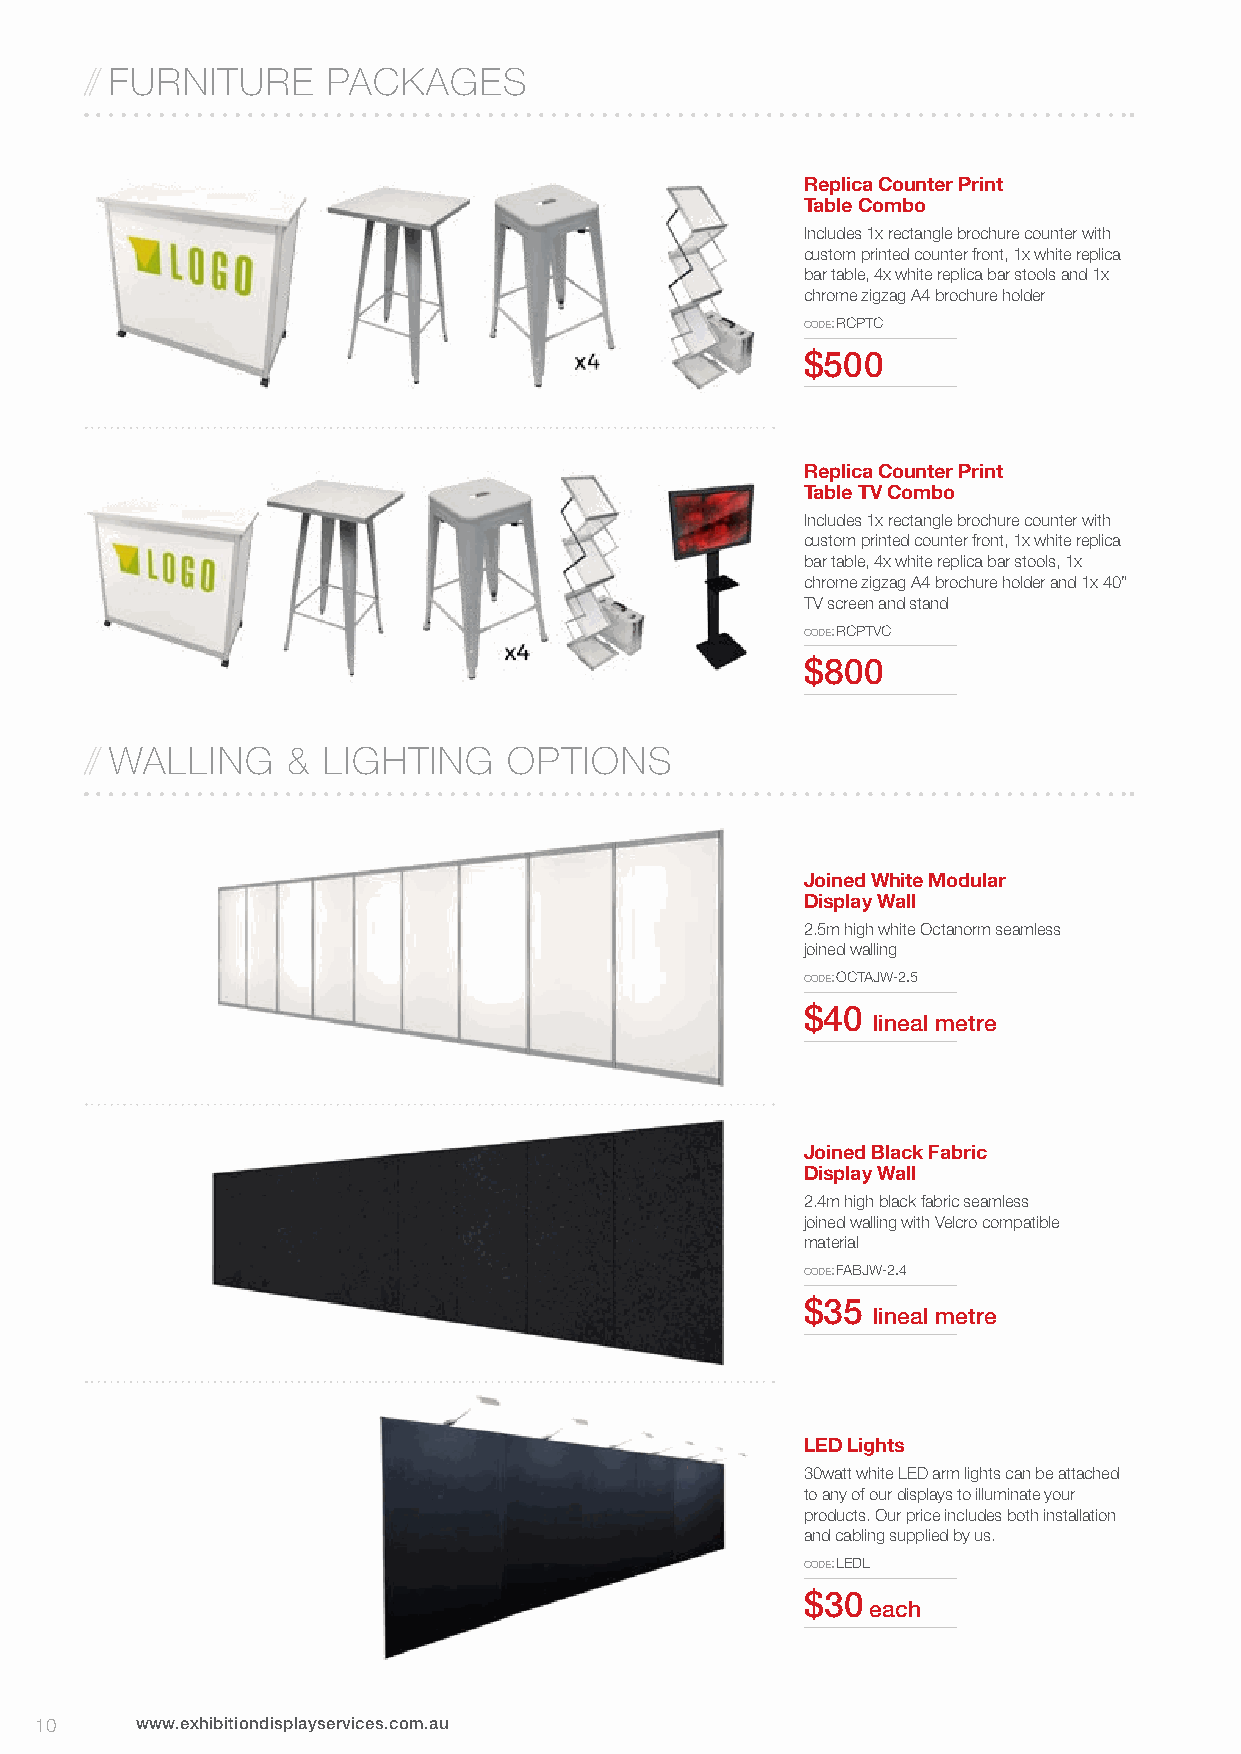
// FURNITURE    PACKAGES
 Replica Counter Print
 Table Combo
 Includes 1x rectangle brochure counter with
 custom printed counter front, 1x white replica
 bar table, 4x white replica bar stools and 1x
 chrome zigzag A4 brochure holder
 code: RcPTc
 MISC
 $500
 Replica Counter Print
 Table TV Combo
 Includes 1x rectangle brochure counter with
 custom printed counter front, 1x white replica
 bar table, 4x white replica bar stools, 1x
 chrome zigzag A4 brochure holder and 1x 40”
 TV screen and stand
 code: RcPTVc
 $800
 // WALLING   & LIGHTING     OPTIONS
 Joined White Modular
 Display Wall
 2.5m high white Octanorm seamless
 joined walling
 code: ocTAJW-2.5
 $40
 lineal metre
 Joined Black Fabric
 Display Wall
 2.4m high black fabric seamless
 joined walling with Velcro compatible
 material
 code: FABJW-2.4
 $35
 lineal metre
 LED Lights
 30watt white LED arm lights can be attached
 to any of our displays to illuminate your
 products. Our price includes both installation
 and cabling supplied by us.
 code: LedL
 $30
 each
 10     www.exhibitiondisplayservices.com.au